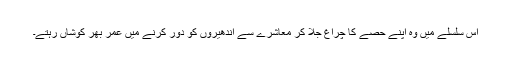
اس سلسلے میں وہ اپنے حصے کا چراغ جلا کر معاشرے سے اندھیروں کو دور کرنے میں عمر بھر کوشاں رہتے۔